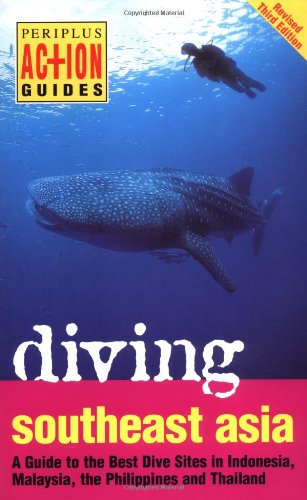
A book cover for Diving Southeast Asia: A Guide to the Best Dive Sites in Indonesia, Malaysia, the Philippines and Thailand (Periplus Action Guides); David Espinosa; Sports & Outdoors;